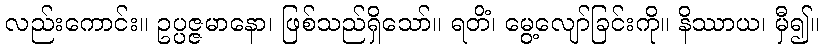
လည်းကောင်း။ ဥပ္ပဇ္ဇမာနော၊ ဖြစ်သည်ရှိသော်။ ရတိံ၊ မွေ့လျော်ခြင်းကို။ နိဿာယ၊ မှီ၍။